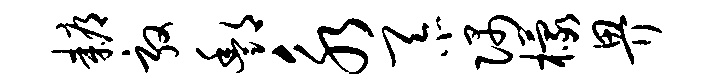
耨敦酆永忝隅檬畀